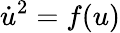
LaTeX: {\dot{u}}^{2}=f(u)